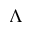
\Lambda